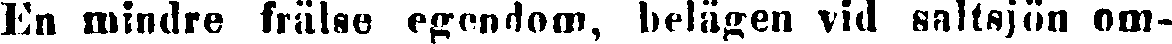
En mindre frälse egendom, belägen vid saltsjön om-